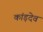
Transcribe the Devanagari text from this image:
कांड़देव